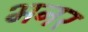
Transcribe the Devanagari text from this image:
भनर